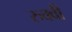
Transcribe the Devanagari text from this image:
रुक्‍वी